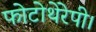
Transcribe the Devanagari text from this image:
फोटोथेरेपी।